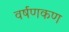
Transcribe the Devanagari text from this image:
वर्षणकण